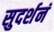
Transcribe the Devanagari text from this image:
सुदर्शनं